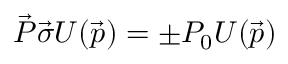
\vec { P } \vec { \sigma } U ( \vec { p } ) = \pm P _ { 0 } U ( \vec { p } )